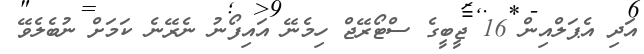
އަދި އެޕަލްއިން 16 ޖީބީގެ ސްޓޯރޭޖް ހިމެނޭ އައިފޯނު ނެރޭނެ ކަމަށް ނުބެލެވޭ